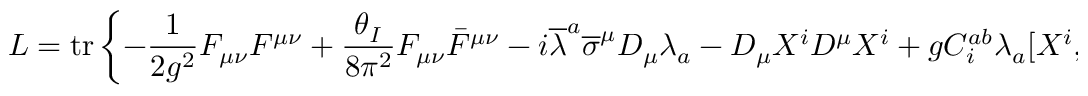
L = \operatorname { t r } \left\{ - { \frac { 1 } { 2 g ^ { 2 } } } F _ { \mu \nu } F ^ { \mu \nu } + { \frac { \theta _ { I } } { 8 \pi ^ { 2 } } } F _ { \mu \nu } { \bar { F } } ^ { \mu \nu } - i { \overline { { \lambda } } } ^ { a } { \overline { { \sigma } } } ^ { \mu } D _ { \mu } \lambda _ { a } - D _ { \mu } X ^ { i } D ^ { \mu } X ^ { i } + g C _ { i } ^ { a b } \lambda _ { a } [ X ^ { i } , \lambda _ { b } ] + g { \overline { { C } } } _ { i a b } { \overline { { \lambda } } } ^ { a } [ X ^ { i } , { \overline { { \lambda } } } ^ { b } ] + { \frac { g ^ { 2 } } { 2 } } [ X ^ { i } , X ^ { j } ] ^ { 2 } \right\} ,